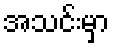
အသင်းမှာ